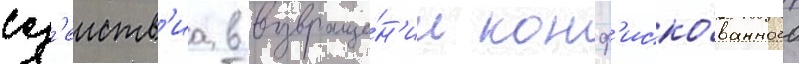
сод'еиств'иа в возвраще́н'ии конф'иско́ванного